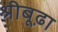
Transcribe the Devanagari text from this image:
श्रीबूढ़ा